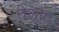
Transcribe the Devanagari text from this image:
तेलांत